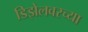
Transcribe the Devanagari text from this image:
डिझेलवरच्या